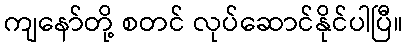
ကျနော်တို့ စတင် လုပ်ဆောင်နိုင်ပါပြီ။